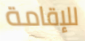
للإقامة